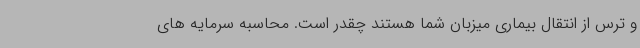
و ترس از انتقال بیماری میزبان شما هستند چقدر است. محاسبه سرمایه های